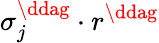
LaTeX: \sigma_{j}^{\ddag}\cdot r^{\ddag}